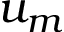
u _ { m }